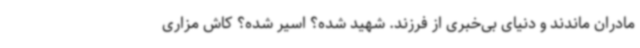
مادران ماندند و دنیای بی‌خبری از فرزند. شهید شده؟ اسیر شده؟ کاش مزاری